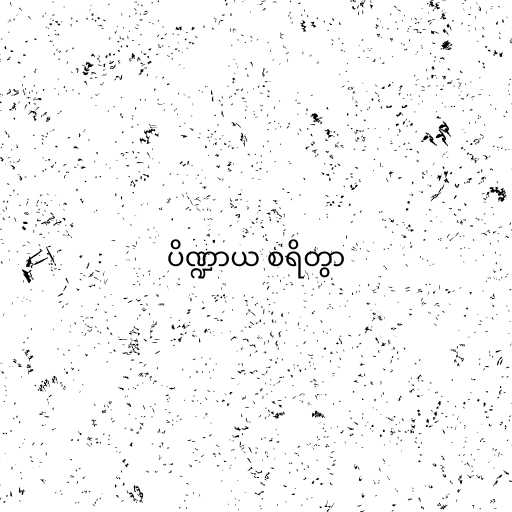
ပိဏ္ဍာယ စရိတွာ